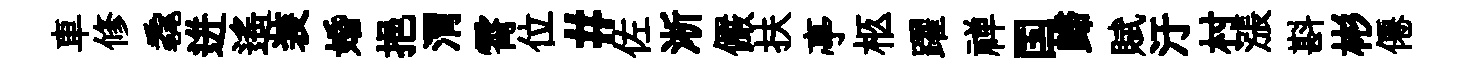
車修毳迸遥装婚挹渭霄位#佐淅儼扶亭柩躍禅国歸賦汙村漲斟彬僊